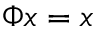
\Phi x = x